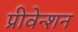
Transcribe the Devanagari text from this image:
प्रीवेन्शन